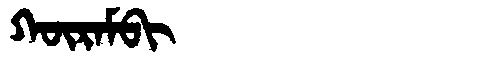
Manchu: ᡴᡡᡵᠠᠮᠪᡳ
Romanization: KŪRAMBI